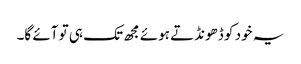
یہ خود کو ڈھونڈتے ہوئے مجھ تک ہی تو آئے گا۔